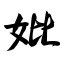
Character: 妣